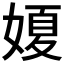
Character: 𡟺